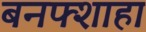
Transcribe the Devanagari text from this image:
बनफ्शाहा